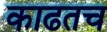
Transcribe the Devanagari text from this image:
काढतच